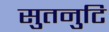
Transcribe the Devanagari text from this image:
सुतनुटि